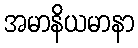
အမာနိယမာနာ